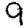
Digit: 9